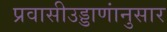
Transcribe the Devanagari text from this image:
प्रवासीउड्डाणांनुसार